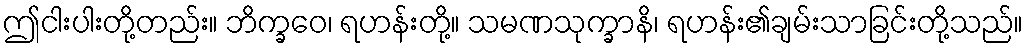
ဤငါးပါးတို့တည်း။ ဘိက္ခဝေ၊ ရဟန်းတို့။ သမဏသုက္ခာနိ၊ ရဟန်း၏ချမ်းသာခြင်းတို့သည်။